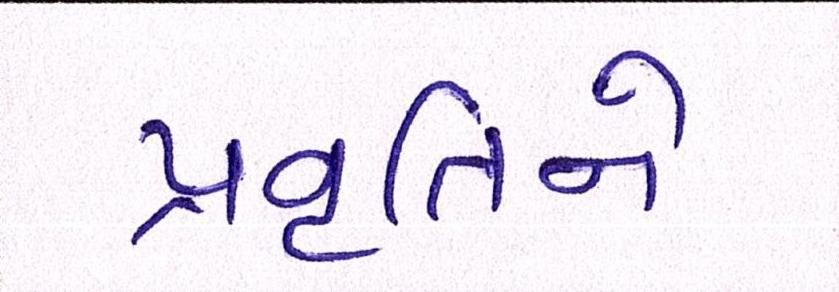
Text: પ્રવૃતિને